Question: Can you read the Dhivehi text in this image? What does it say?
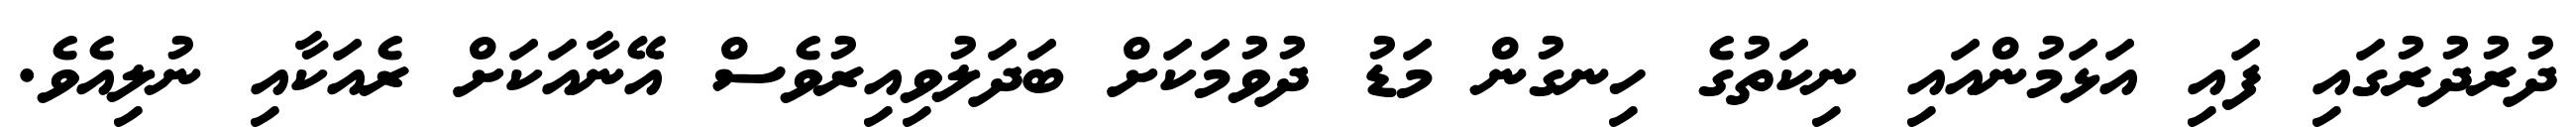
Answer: ދުރުދުރުގައި ފައި އަޅަމުންއައި ނިކަތުގެ ހިނގުން މަޑު ދުވުމަކަށް ބަދަލުވިއިރުވެސް އޭނާއަކަށް ރެއަކާއި ނުލިއެވެ.